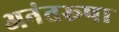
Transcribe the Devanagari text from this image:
अनंतरूपा